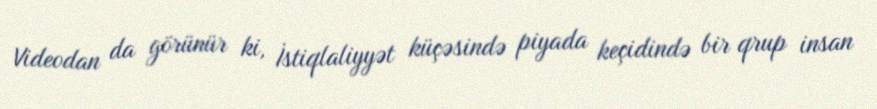
Videodan da görünür ki, İstiqlaliyyət küçəsində piyada keçidində bir qrup insan